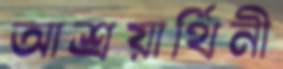
আশ্রয়ার্থিনী